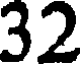
32